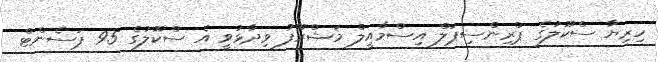
ހިރިޔާ ސްކޫލުގެ ޕްރިންސިޕަލް އިސްމާއީލް މަޝްރޫފު ވިދާޅުވީ އެ ސްކޫލުގެ 95 ޕަސެންޓް